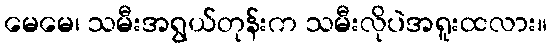
မေမေ၊ သမီးအရွယ်တုန်းက သမီးလိုပဲအရူးထလား။